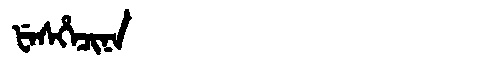
Manchu: ᡶᡝᠰᡥᡝᠴᡳᠨᠠ
Romanization: FESHECINA